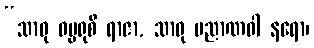
“သာဓု ဓမ္မရုစိ ရာဇာ, သာဓု ပညာဏဝါ နရော၊